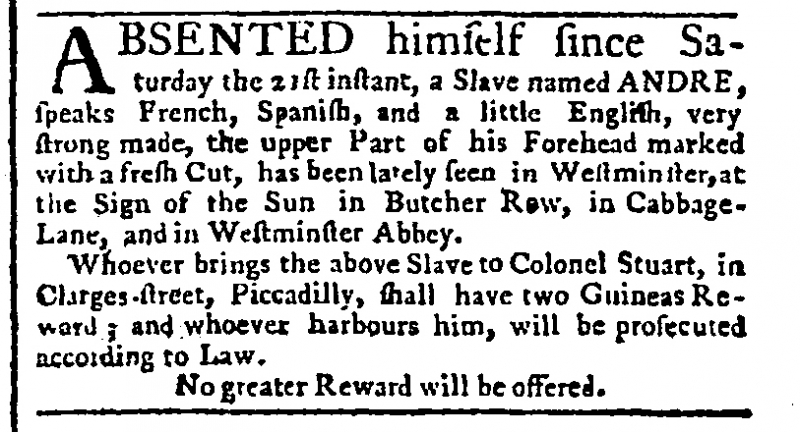
Public Advertiser, 22 March 1764 (England)
ABSENTED himself since Saturday the 21st instant, a Slave named ANDRE, speaks French, Spanish, and a little English, very strong made, the upper Part of his Forehead marked with a fresh Cut, has been lately seen in Westminster, at the Sign of the Sun in Butcher Row, in Cabbage-Lane, and in Westminster Abbey.  Whoever brings the above Slave to Colonel Stuart, in Clarges-street, Piccadilly, shall have two Guineas Reward: and whoever harbours him, will be prosecuted according to Law.  No greater Reward will be offered.